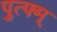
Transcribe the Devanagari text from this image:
पुत्फ्म्